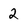
Character: 2